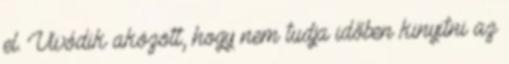
el. Vívódik aközött, hogy nem tudja időben kinyitni az